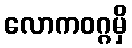
လောကဝဂ္ဂမှိ